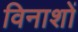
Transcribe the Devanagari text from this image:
विनाशों